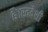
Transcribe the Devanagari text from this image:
है।स्वदेशी